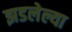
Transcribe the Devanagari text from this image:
झडलेल्या